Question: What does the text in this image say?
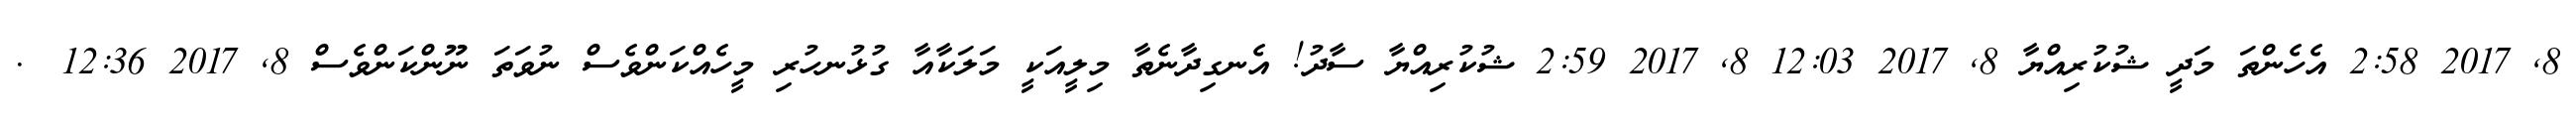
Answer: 8, 2017 2:58 އެހެންތަ މަދީ ޝުކުރިއްޔާ 8, 2017 12:03 8, 2017 2:59 ޝުކުރިއްޔާ ސާދު! އެނގިދާނެތާ މިލީއަކީ މަލަކާއާ ގުޅުނހުރި މީހެއްކަންވެސް ނުވަތަ ނޫންކަންވެސް 8, 2017 12:36 ?.